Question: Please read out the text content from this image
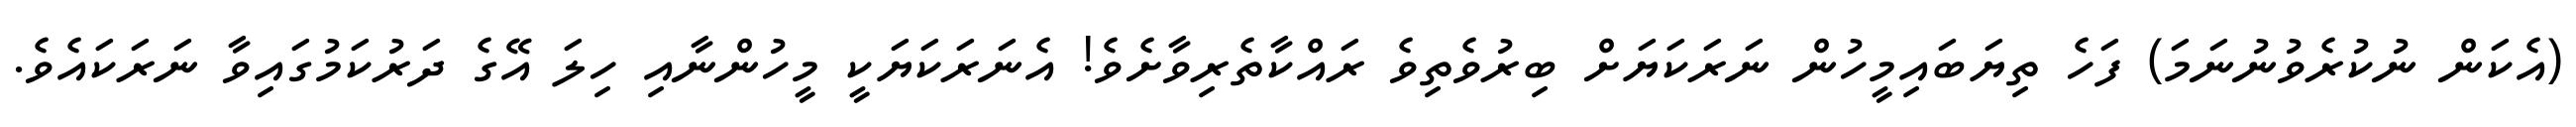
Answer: (އެކަން ނުކުރެވުނުނަމަ) ފަހެ ތިޔަބައިމީހުން ނަރަކަޔަށް ބިރުވެތިވެ ރައްކާތެރިވާށެވެ! އެނަރަކަޔަކީ މީހުންނާއި ހިލަ އޭގެ ދަރުކަމުގައިވާ ނަރަކައެވެ.